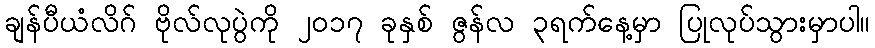
ချန်ပီယံလိဂ် ဗိုလ်လုပွဲကို ၂၀၁၇ ခုနှစ် ဇွန်လ ၃ရက်နေ့မှာ ပြုလုပ်သွားမှာပါ။